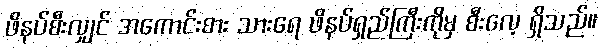
ဖိနပ်စီးလျှင် အကောင်းစား သားရေ ဖိနပ်ရှည်ကြီးကိုမှ စီးလေ့ ရှိသည်။